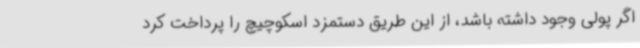
اگر پولی وجود داشته باشد، از این طریق دستمزد اسکوچیچ را پرداخت کرد